Annual report on the working of the mental hospitals in the Madras Presidency - 1912-1932
Year: 1912
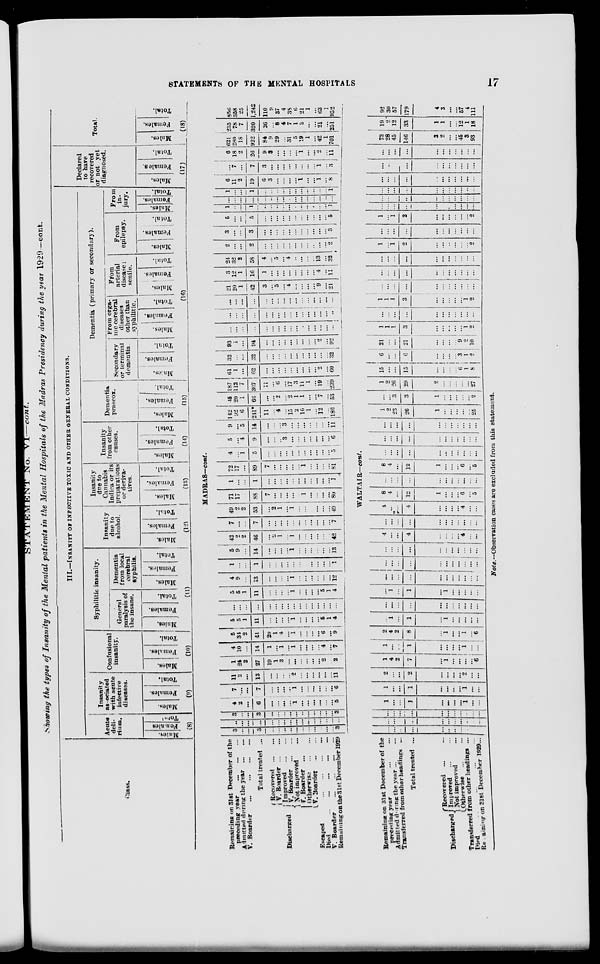
STATEMENTS OF THE MENTAL HOSPITALS
17
STATEMENT No.
VI—cont.
Showing the types of Insanity of the Mental patients in the Mental Hospitals of the Madras Presidency during the year 1929—cont.
Class.
III.—INSANITY OF INFECTIVE TOXIC AND OTHER GENERAL CONDITIONS.
Acute
deli-
rium.
Males.
Females.
Total.
(8)
Insanity
associated
with acute
infective
diseases.
Males.
Females.
Total.
(9)
Confusional
insanity.
Males.
Females.
Total.
(10)
Syphilitic insanity.
General
paralysis of
the insane.
Males.
Females.
Total.
Dementia
from local
cerebral
syphilis.
Males.
Females.
Total.
(11)
Insanity
due to
alcohol.
Males.
Females.
Total.
(12)
Insanity
due to
Cannabis
Indica or its
preparations
or deriva-
tives.
Males.
Females.
Total.
(13)
Insanity
from other
causes.
Males.
Females.
Total.
(14)
Dementia
praecox.
Males.
Females.
Total.
(15)
Dementia (primary or secondary).
Secondary
or terminal
dementia
Males.
Females.
Total.
From orga-
nic cerebral
diseases
other than
syphilitic.
Males.
Females.
Total.
From
arterial
disease ;
senile.
Males.
Females.
Total.
From
epilepsy.
Males.
Females.
Total.
From
in-
jury.
Males.
Females.
Total.
(16)
Declared
to have
recovered
or not yet
diagnosed.
Males.
Females.
Total.
(17)
Total.
Males.
Females.
Total.
(18)
MADRAS—cont.
Remaining on 31st December of the
preceding year
...
...
...
Admitted during the year ... ...
V. Boarder
...
...
...
...
Total treated ...
Discharged
Recovered ... ...
V. Boarder ... ...
Improved
...
...
V. Boarder ... ...
Not improved ...
V. Boarder ...
Otherwise
...
...
V. Boarder ... ...
Escaped
...
...
...
...
Died
...
...
...
...
...
V. Boarder
...
...
...
...
Remaining on the 31st December 1929
3
...
...
3
...
...
...
...
...
...
...
...
...
...
...
3
...
...
...
...
...
...
...
...
...
...
...
...
...
...
...
...
3
...
...
3
...
...
...
...
...
...
...
...
...
...
...
3
4
2
...
6
...
...
...
...
1
...
...
...
...
...
...
5
7
...
...
7
...
...
...
...
1
...
...
...
...
...
...
6
11
2
...
13
...
...
...
...
2
...
...
...
...
...
...
11
1
24
2
27
19
1
3
...
...
...
...
...
2
...
...
2
4
10
...
14
1
...
1
...
1
...
...
...
4
...
...
7
5
34
2
41
20
1
4
...
1
...
...
...
6
...
...
9
5
5
1
11
...
...
...
...
1
...
...
...
5
...
1
4
...
...
...
...
...
...
...
...
...
...
...
...
...
...
...
...
5
5
1
11
...
...
...
...
1
...
...
...
5
...
1
4
4
9
...
13
...
...
...
...
1
...
...
...
...
...
...
12
1
...
...
1
...
...
...
...
...
...
...
...
...
...
...
1
5
9
...
14
...
...
...
...
1
...
...
...
...
...
...
13
42
...
2
46
...
2
1
...
1
...
...
...
...
...
...
42
7
...
...
7
...
...
...
...
...
...
...
...
...
...
...
7
49
...
2
53
...
2
1
...
1
...
...
...
...
...
...
49
71
17
...
88
7
...
...
...
...
...
1
...
...
...
...
80
1
...
...
1
...
...
...
...
...
...
...
...
...
...
...
1
72
17
...
89
7
...
...
...
...
...
1
...
...
...
...
81
4
...
1
5
...
...
...
...
...
...
...
...
...
...
...
5
5
...
4
9
...
...
...
3
...
...
...
...
...
...
...
6
9
...
5
14
...
...
...
3
...
...
...
...
...
...
...
11
142
92
6
241*
11
...
...
...
15
2
10
1
12
...
...
186
45
20
1
66
...
...
2
...
2
1
1
...
7
...
...
53
187
112
7
307
11
...
6
...
17
3
11
1
19
...
...
239
61
1
...
62
...
...
...
...
...
...
...
...
2
...
...
60
32
...
...
32
...
...
...
...
...
...
...
...
...
...
...
32
93
1
...
94
...
...
...
...
...
...
...
...
2
...
...
92
...
...
...
...
...
...
...
...
...
...
...
...
...
...
...
...
...
...
...
...
...
...
...
...
...
...
...
...
...
...
...
...
...
...
...
...
...
...
...
...
...
...
...
...
...
...
...
...
21
20
1
42
3
...
5
...
4
...
...
...
9
...
...
21
3
12
1
16
1
...
...
...
...
...
...
...
4
...
...
11
24
32
2
58
4
...
5
...
4
...
...
...
13
...
...
32
2
...
...
2
...
...
...
...
...
...
...
...
...
...
...
2
3
...
...
3
...
...
...
...
...
...
...
...
...
...
...
3
5
...
...
5
...
...
...
...
...
...
...
...
...
...
...
5
1
...
...
1
...
...
...
...
...
...
...
...
...
...
...
1
...
...
...
...
...
...
...
...
...
...
...
...
...
...
...
...
1
...
...
1
...
...
...
...
...
...
...
...
...
...
...
1
6
11
2
19
6
3
...
...
...
...
1
...
...
1
...
8
...
7
...
7
3
...
...
...
...
...
...
...
...
1
...
3
6
18
2
26
9
3
...
...
...
...
1
...
...
2
...
11
621
280
18
922
84
9
29
...
31
5
19
1
...
42
1
701
235
78
7
320
26
...
8
4
7
1
2
...
...
21
...
251
856
358
25
1,242
110
9
37
4
38
6
21
1
...
63
1
952
WALTAIR—cont.
Remaining on 31st December of the
preceding year ... ...
Admitted during the year ... ...
Transferred from other headings ...
Total treated ...
Discharged
Recovered ... ...
Improved ... ...
Not improved ...
Otherwise ... ...
Transferred from other headings ...
Died ... ... ... ...
Remaining on 31st December 1929...
...
...
...
...
...
...
...
...
...
...
...
...
...
...
...
...
...
...
...
...
...
...
...
...
...
...
...
...
...
...
...
...
...
1
...
...
1
...
...
...
...
1
...
...
1
...
...
1
...
...
...
...
1
...
...
2
...
...
2
...
...
...
...
2
...
...
1
4
2
7
...
1
...
...
...
...
6
1
...
...
1
...
...
...
...
1
...
...
2
4
2
8
...
1
...
...
1
...
6
...
1
...
1
...
1
...
...
...
...
...
...
...
...
...
...
...
...
...
...
...
...
...
1
...
1
...
1
...
...
...
...
...
...
...
...
...
...
...
...
...
...
...
...
...
...
...
...
...
...
...
...
...
...
...
...
...
...
...
...
...
...
...
...
...
...
4
...
...
4
...
...
...
...
4
...
...
...
...
...
...
...
...
...
...
...
...
...
4
...
...
4
...
...
...
...
4
...
...
8
4
...
12
1
...
...
...
6
...
5
...
...
...
...
...
...
...
...
...
...
...
8
4
...
12
1
...
...
...
6
...
5
...
...
...
...
...
...
...
...
...
...
...
...
...
...
...
...
...
...
...
...
...
...
...
...
...
...
...
...
...
...
...
...
...
1
2
23
26
1
...
...
...
...
...
25
...
...
3
3
1
...
...
...
...
...
2
1
2
26
29
2
...
...
...
...
...
27
15
...
...
15
...
...
...
...
6
1
8
6
...
...
6
...
...
...
...
3
1
2
21
...
...
21
...
...
...
...
9
2
10
1
1
1
3
...
...
...
...
...
1
2
...
...
...
...
...
...
...
...
...
...
...
1
1
1
3
...
...
...
...
...
1
2
...
...
...
...
...
...
...
...
...
...
...
...
...
...
...
...
...
...
...
...
...
...
...
...
...
...
...
...
...
...
...
...
...
1
...
1
2
...
...
...
...
...
...
2
...
...
...
...
...
...
...
...
...
...
...
1
...
1
2
...
...
...
...
...
...
2
...
...
...
...
...
...
...
...
...
...
...
...
...
...
...
...
...
...
...
...
...
...
...
...
...
...
...
...
...
...
...
...
...
...
...
...
...
...
...
...
...
...
...
...
...
...
...
...
...
...
...
...
...
...
...
...
...
...
...
...
...
...
...
...
...
...
73
28
45
146
3
2
...
...
45
3
93
19
2
12
33
1
1
...
...
12
1
18
92
30
57
179
4
3
...
...
57
4
111
Note.— Observation cases are excluded from this statement.